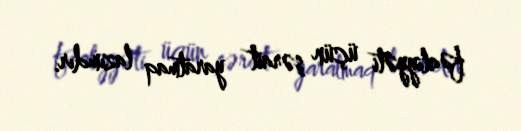
fəaliyyəti üçün şərait yaratmaq lazımdır.